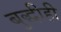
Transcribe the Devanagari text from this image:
बुद्धीही